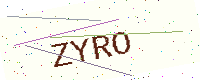
Text: ZYRO